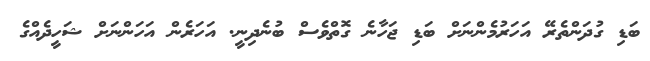
ބަޑި ގުދަންތެރޭ އަަހަރުމެންނަށް ބަޑި ޖަހާނެ ގޮތްވެސް ބުނެދިނީ. އަހަރެން އަހަންނަށް ޝަހީދެއްގެ